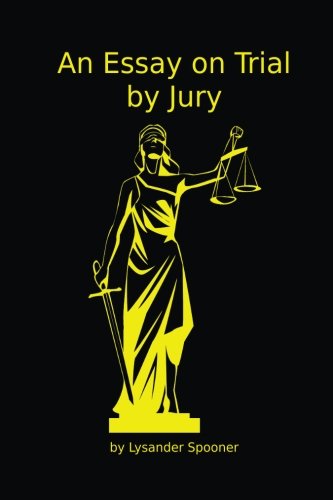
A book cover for An Essay on Trial by Jury; Lysander Spooner; Law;